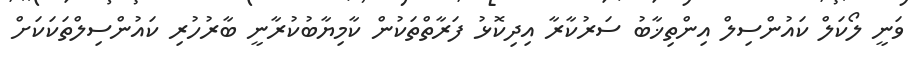
ވަނީ ލޯކަލް ކައުންސިލް އިންތިޚާބު ސަރުކާރާ އިދިކޮޅު ފަރާތްތަކުން ކާމިޔާބުކުރާނީ ބާރުހުރި ކައުންސިލްތަކަކަށް